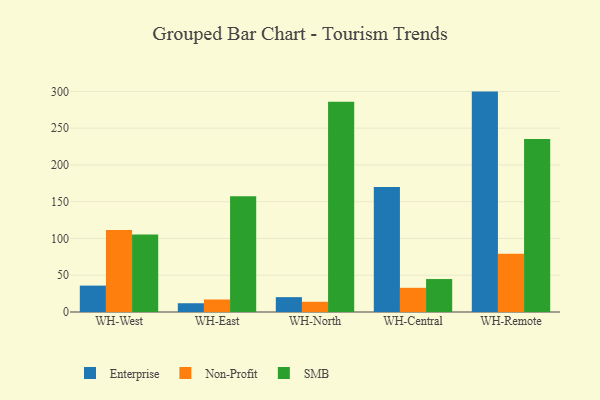
{"axis": {"x": "Warehouse", "y": "Inventory Turnover"}, "legend": ["Enterprise", "Non-Profit", "SMB"], "data": [{"x": "WH-West", "y": 35.9, "type": "Enterprise"}, {"x": "WH-West", "y": 111.4, "type": "Non-Profit"}, {"x": "WH-West", "y": 105.4, "type": "SMB"}, {"x": "WH-East", "y": 11.9, "type": "Enterprise"}, {"x": "WH-East", "y": 17.0, "type": "Non-Profit"}, {"x": "WH-East", "y": 157.3, "type": "SMB"}, {"x": "WH-North", "y": 20.2, "type": "Enterprise"}, {"x": "WH-North", "y": 13.9, "type": "Non-Profit"}, {"x": "WH-North", "y": 285.9, "type": "SMB"}, {"x": "WH-Central", "y": 169.9, "type": "Enterprise"}, {"x": "WH-Central", "y": 32.9, "type": "Non-Profit"}, {"x": "WH-Central", "y": 44.8, "type": "SMB"}, {"x": "WH-Remote", "y": 299.7, "type": "Enterprise"}, {"x": "WH-Remote", "y": 79.2, "type": "Non-Profit"}, {"x": "WH-Remote", "y": 235.3, "type": "SMB"}]}